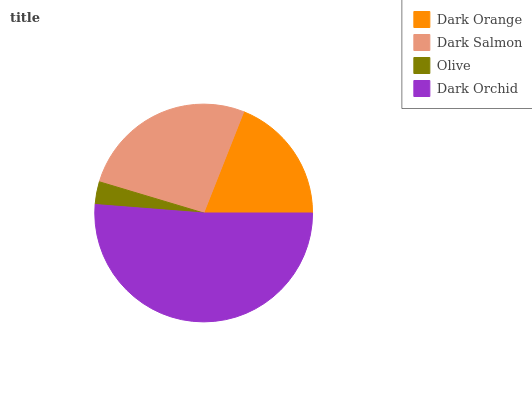
| Dark Orange | Dark Salmon | Olive | Dark Orchid |
 | --- | --- | --- | --- |
 | 18.9% | 26.4% | 3.37% | 51.3% |